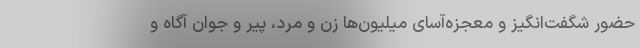
حضور شگفت‌انگیز و معجزه‌آسای میلیون‌ها زن و مرد، پیر و جوان آگاه و